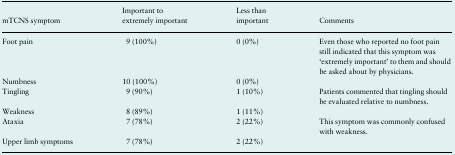
<table><thead><tr><td><b>mTCNS symptom</b></td><td><b>Important to extremely important</b></td><td><b>Less than important</b></td><td><b>Comments</b></td></tr></thead><tbody><tr><td>Foot pain</td><td>9 (100%)</td><td>0 (0%)</td><td>Even those who reported no foot pain still indicated that this symptom was ‘extremely important’ to them and should be asked about by physicians.</td></tr><tr><td>Numbness</td><td>10 (100%)</td><td>0 (0%)</td><td></td></tr><tr><td>Tingling</td><td>9 (90%)</td><td>1 (10%)</td><td>Patients commented that tingling should be evaluated relative to numbness.</td></tr><tr><td>Weakness</td><td>8 (89%)</td><td>1 (11%)</td><td></td></tr><tr><td>Ataxia</td><td>7 (78%)</td><td>2 (22%)</td><td>This symptom was commonly confused with weakness.</td></tr><tr><td>Upper limb symptoms</td><td>7 (78%)</td><td>2 (22%)</td><td></td></tr></tbody></table>